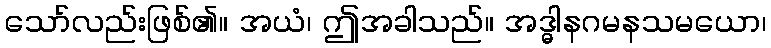
သော်လည်းဖြစ်၏။ အယံ၊ ဤအခါသည်။ အဒ္ဓါနဂမနသမယော၊